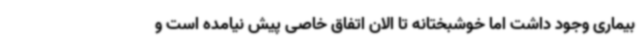
بیماری وجود داشت اما خوشبختانه تا الان اتفاق خاصی پیش نیامده است و